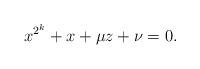
LaTeX: \begin{align*} x^{2^k}+x+\mu z+\nu=0.\end{align*}